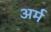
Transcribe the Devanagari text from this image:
अर्म